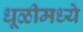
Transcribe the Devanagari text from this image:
धूळीमध्ये